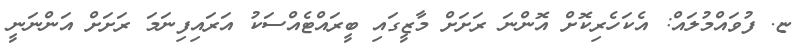
ޏ. ފުވައްމުލައް: އެކަހެރިކޮށް އޮންނަ ރަށަށް މާޒީގައި ބީރައްޓެއްސަކު އަރައިފިނަމަ ރަށަށް އަންނަނީ